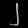
Digit: ၂